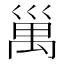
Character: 𥜿